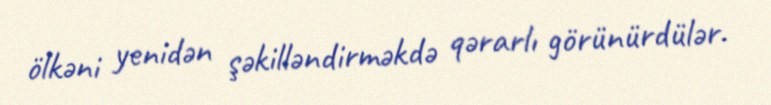
ölkəni yenidən şəkilləndirməkdə qərarlı görünürdülər.